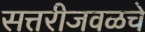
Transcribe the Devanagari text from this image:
सत्तरीजवळचे